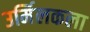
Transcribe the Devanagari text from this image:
उर्मिलकला